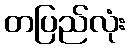
တပြည်လုံး